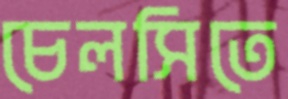
চেলসিতে